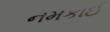
નમકાઈ